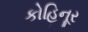
કોહિનૂર